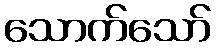
သောက်သော်